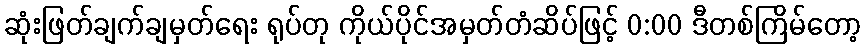
ဆုံးဖြတ်ချက်ချမှတ်ရေး ရုပ်တု ကိုယ်ပိုင်အမှတ်တံဆိပ်ဖြင့် 0:00 ဒီတစ်ကြိမ်တော့